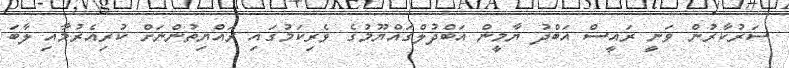
ސަރުކާރުން ވަނީ ރައީސް އަބްދު ޔާމީން އަބްދުލްގައްޔޫމުގެ ވެރިކަމުގައި ރައްޔިތުންނަށް ކުރިއެރުމާއި ލާބަ